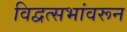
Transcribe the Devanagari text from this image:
विद्वत्सभांवरून